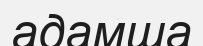
адамша